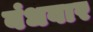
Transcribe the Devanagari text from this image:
बंधवार